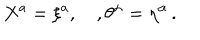
LaTeX: X ^ { a } = \xi ^ { a } , \quad , \theta ^ { \alpha } = \eta ^ { \alpha } \, .